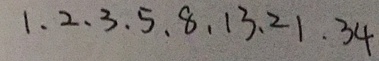
1 , 2 , 3 , 5 , 8 , 1 3 , 2 1 , 3 4